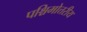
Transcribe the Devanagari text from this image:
पश्चिमोत्तरीय